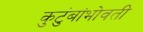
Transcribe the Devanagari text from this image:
कुटुंबांभोवती